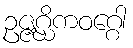
ဥဇ္ဇဂ္ဃိကဝဂ္ဂေါ